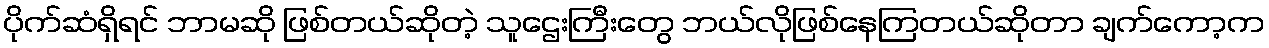
ပိုက်ဆံရှိရင် ဘာမဆို ဖြစ်တယ်ဆိုတဲ့ သူဌေးကြီးတွေ ဘယ်လိုဖြစ်နေကြတယ်ဆိုတာ ချက်ကော့က